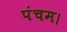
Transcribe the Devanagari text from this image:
पंचम।